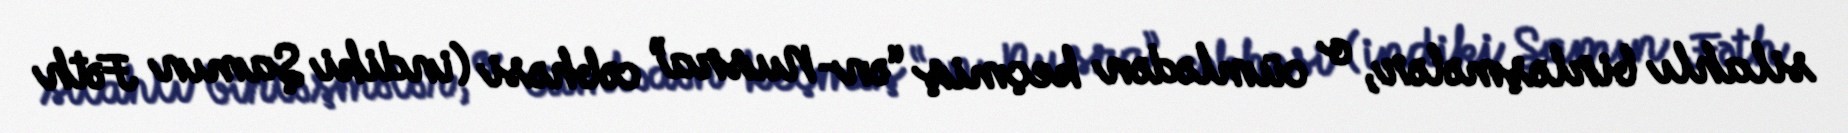
silahlı birləşmələr, o cümlədən keçmiş “ən-Nusra” cəbhəsi (indiki Şamın Fəth